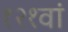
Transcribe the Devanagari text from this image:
१२१वां